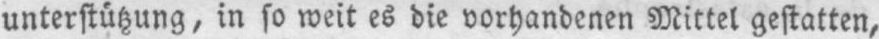
unterstützung, in so weit es die vorhandenen Mittel gestatten,